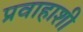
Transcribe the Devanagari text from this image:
प्रवाहाशी